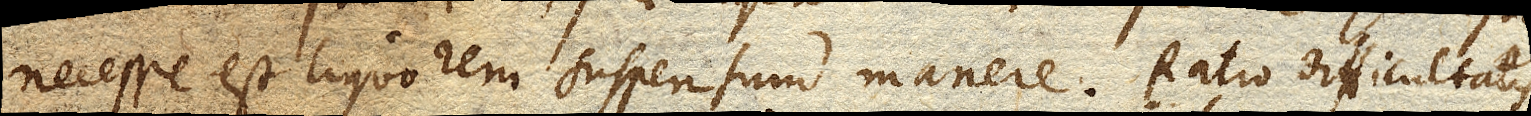
necesse est liquorem suspensum manere. Ratio difficultatis